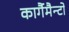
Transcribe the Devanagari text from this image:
कार्गैमैन्टो